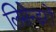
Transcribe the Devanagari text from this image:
लिसेन्डरों